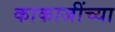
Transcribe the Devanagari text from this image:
काकाजींच्या